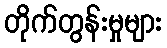
တိုက်တွန်းမှုများ